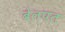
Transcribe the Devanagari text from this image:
बेलपत